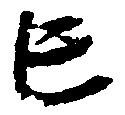
亡